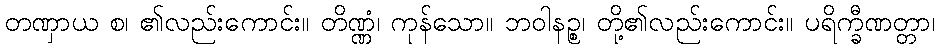
တဏှာယ စ၊ ၏လည်းကောင်း။ တိဏ္ဏံ၊ ကုန်သော။ ဘဝါနဉ္စ၊ တို့၏လည်းကောင်း။ ပရိက္ခီဏတ္တာ၊